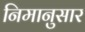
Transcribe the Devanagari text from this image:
निमानुसार